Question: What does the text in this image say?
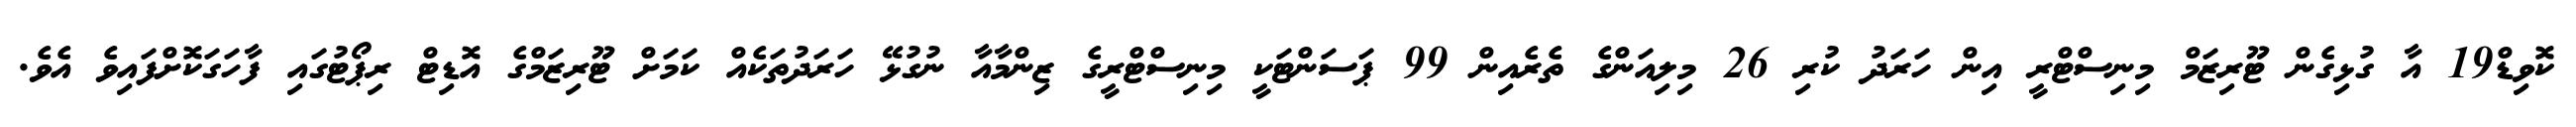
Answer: ކޮވިޑް19 އާ ގުޅިގެން ޓޫރިޒަމް މިނިސްޓްރީ އިން ހަރަދު ކުރި 26 މިލިއަންގެ ތެރެއިން 99 ޕަސަންޓަކީ މިނިސްޓްރީގެ ޒިންމާއާ ނުގުޅޭ ހަރަދުތަކެއް ކަމަށް ޓޫރިޒަމްގެ އޮޑިޓް ރިޕޯޓުގައި ފާހަގަކޮށްފައިވެ އެވެ.